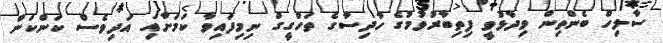
ސާލިހް ބެންތިން ވިދާޅުވީ ފިތިބާރުވުމުގެ ހާދިސާގެ ތަހްގީގް ނިމިފައިވާ ކަމަށާއި އަދިވެސް ކަންކަން